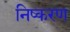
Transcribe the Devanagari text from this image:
निष्करण